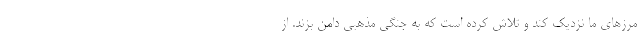
مرزهای ما نزدیک کند و تلاش کرده است که به جنگی مذهبی دامن بزند. از